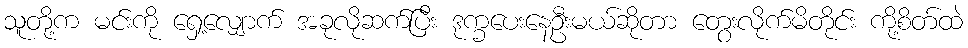
သူတို့က မင်းကို ရှေ့လျှောက် အခုလိုဆက်ပြီး ဒုက္ခပေးနေဦးမယ်ဆိုတာ တွေးလိုက်မိတိုင်း ကို့စိတ်ထဲ